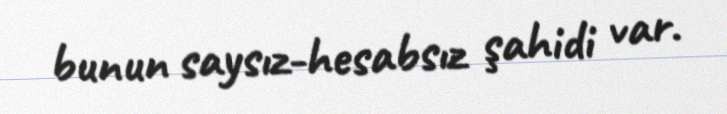
bunun saysız-hesabsız şahidi var.